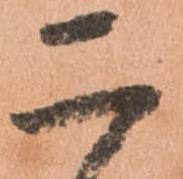
二